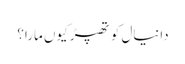
دانیال کو تھپڑ کیوں مارا؟